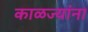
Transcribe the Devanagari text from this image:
काळज्यांना